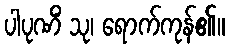
ပါပုဏိံ သု၊ ရောက်ကုန်၏။